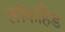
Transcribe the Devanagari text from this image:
लॉकहिड